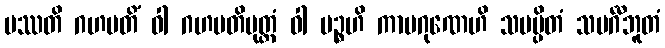
ပဿတိ ဂဟပတိံ ဝါ ဂဟပတိပုတ္တံ ဝါ ပဉ္စဟိ ကာမဂုဏေဟိ သမပ္ပိတံ သမင်္ဂီဘူတံ